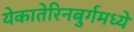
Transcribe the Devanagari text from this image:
येकातेरिनबुर्गमध्ये